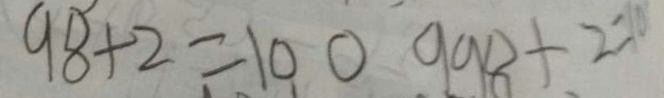
9 8 + 2 = 1 0 0 9 9 8 + 2 = 1 0